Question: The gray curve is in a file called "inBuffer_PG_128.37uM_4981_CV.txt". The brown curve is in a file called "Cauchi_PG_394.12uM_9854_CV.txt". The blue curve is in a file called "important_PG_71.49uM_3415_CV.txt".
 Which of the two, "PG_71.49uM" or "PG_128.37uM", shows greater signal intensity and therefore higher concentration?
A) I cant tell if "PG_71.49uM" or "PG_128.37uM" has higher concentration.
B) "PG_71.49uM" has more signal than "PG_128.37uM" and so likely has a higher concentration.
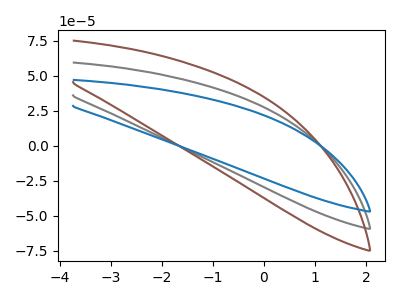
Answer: <think>The gray curve "PG_128.37uM" has no peaks. The brown curve "PG_394.12uM" has no peaks. The blue curve "PG_71.49uM" has no peaks.
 Neither "PG_71.49uM" or "PG_128.37uM" have any peaks.</think>
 <answer>A) I cant tell if "PG_71.49uM" or "PG_128.37uM" has higher concentration.</answer>
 <eval>A</eval>